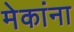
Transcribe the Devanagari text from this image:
मेकांना